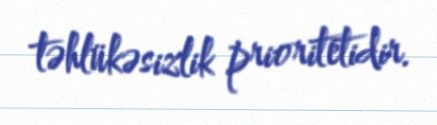
təhlükəsizlik prioritetidir.